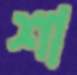
শা